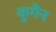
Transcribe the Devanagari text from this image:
कुगैन